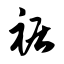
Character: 裾